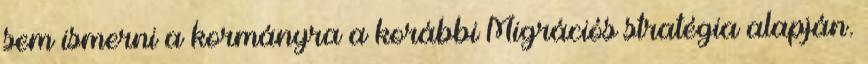
sem ismerni a kormányra a korábbi Migrációs stratégia alapján.